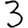
Digit: 3